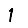
Digit: 1